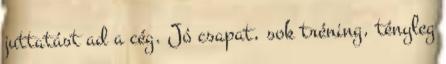
juttatást ad a cég. Jó csapat, sok tréning, tényleg